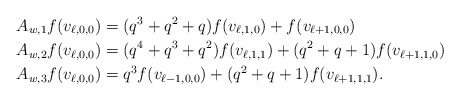
\begin{align*}&A_{w,1}f(v_{\ell,0,0})=(q^3+q^2+q)f(v_{\ell,1,0})+f(v_{\ell+1,0,0})\\&A_{w,2}f(v_{\ell,0,0})=(q^4+q^3+q^2)f(v_{\ell,1,1})+(q^2+q+1)f(v_{\ell+1,1,0})\\&A_{w,3}f(v_{\ell,0,0})=q^3f(v_{\ell-1,0,0})+(q^2+q+1)f(v_{\ell+1,1,1}).\end{align*}